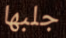
جلبها